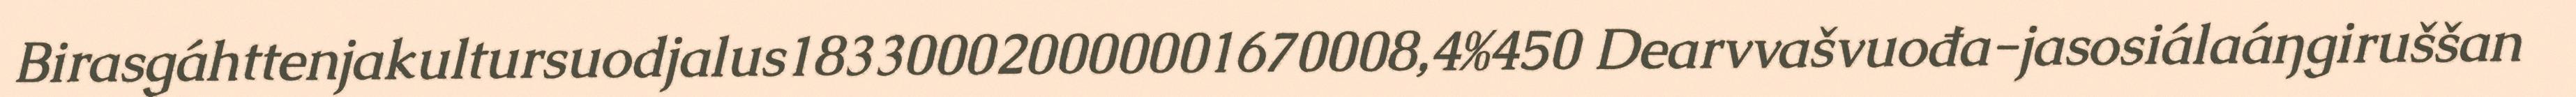
Birasgáhttenjakultursuodjalus183300020000001670008,4%450 Dearvvašvuođa-jasosiálaáŋgiruššan